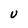
Character: U